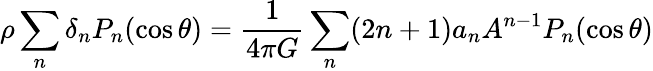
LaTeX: \rho\sum_{n}\delta_{n}P_{n}(\cos\theta)={\frac{1}{4\pi G}}\sum_{n}(2n+1)a_{n}A^{n-1}P_{n}(\cos\theta)